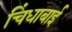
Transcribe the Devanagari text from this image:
चिंधाबाई